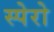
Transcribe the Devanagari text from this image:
स्पेरो